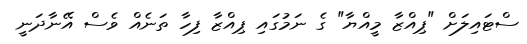
ސްޓައިލަށް "ޕިއްޒާ މީއްޔާ" ގެ ނަމުގައި ޕިއްޒާ ފިހާ ތަނެއް ވެސް އޭނާދަނީ